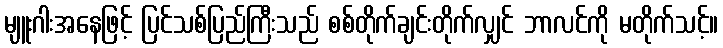
မျူးဂါးအနေဖြင့် ပြင်သစ်ပြည်ကြီးသည် စစ်တိုက်ချင်းတိုက်လျှင် ဘာလင်ကို မတိုက်သင့်။